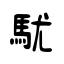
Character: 駀